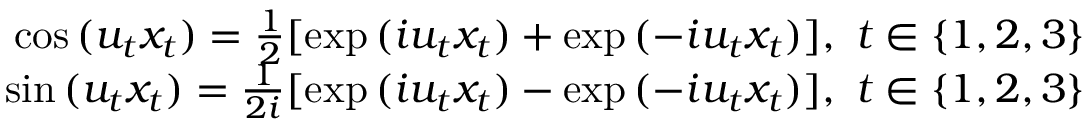
\begin{array} { r } { \cos { ( u _ { t } x _ { t } ) } = \frac { 1 } { 2 } [ \exp { ( i u _ { t } x _ { t } ) } + \exp { ( - i u _ { t } x _ { t } ) } ] , \ t \in \{ 1 , 2 , 3 \} } \\ { \sin { ( u _ { t } x _ { t } ) } = \frac { 1 } { 2 i } [ \exp { ( i u _ { t } x _ { t } ) } - \exp { ( - i u _ { t } x _ { t } ) } ] , \ t \in \{ 1 , 2 , 3 \} } \end{array}